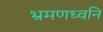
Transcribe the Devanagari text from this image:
भ्रमणध्वनि